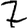
Digit: 7